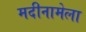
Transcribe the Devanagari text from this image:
मदीनामेला